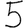
Digit: 5